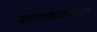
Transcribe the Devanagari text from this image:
महामंडळांमधून